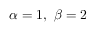
\alpha = 1 , ~ \beta = 2